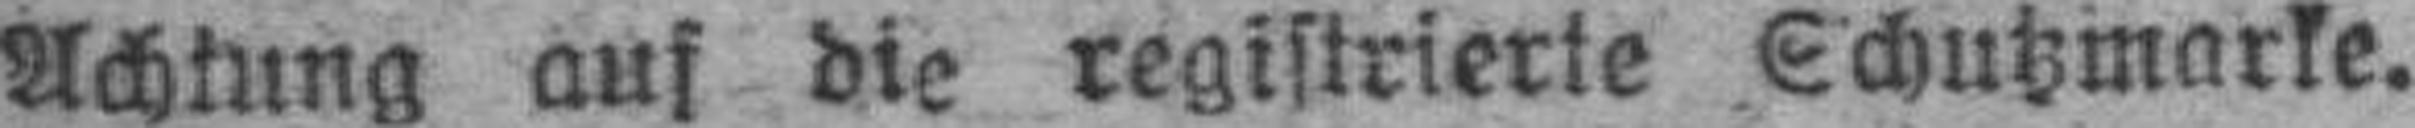
Achtung auf die registrierte Schutzmarke.